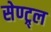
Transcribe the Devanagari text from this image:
सेण्ट्र्ल